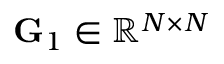
\mathbf { G } _ { 1 } \in \mathbb { R } ^ { N \times N }